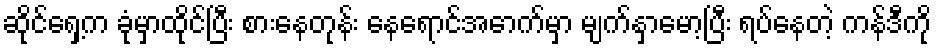
ဆိုင်ရှေ့က ခုံမှာထိုင်ပြီး စားနေတုန်း နေရောင်အောက်မှာ မျက်နှာမော့ပြီး ရပ်နေတဲ့ ကန်ဒီကို